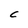
Character: C